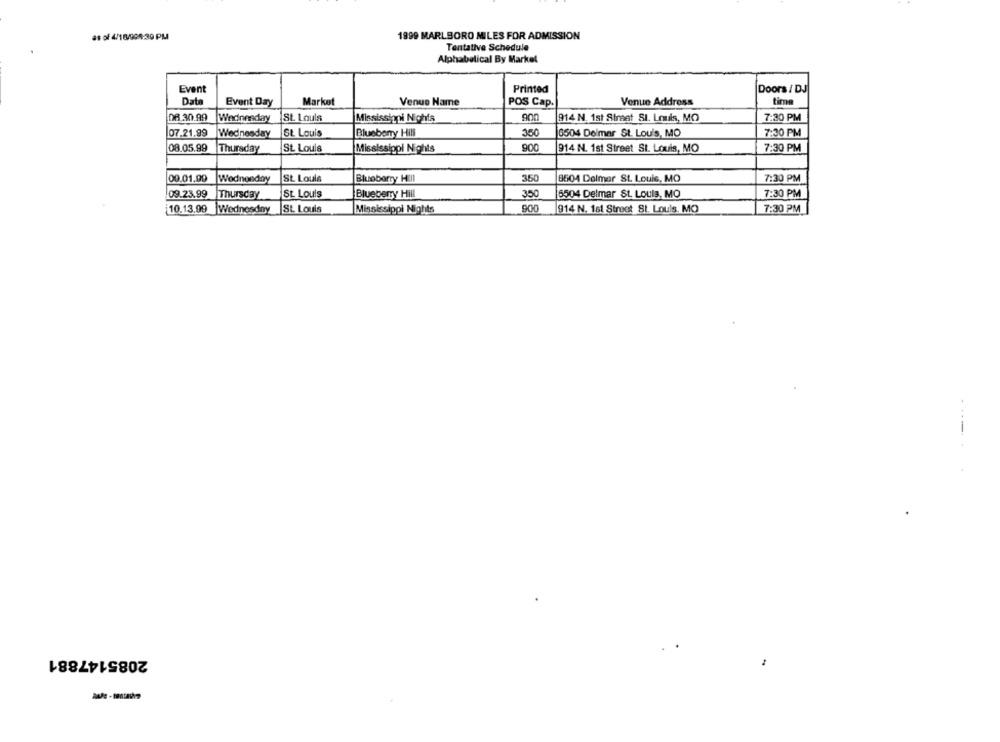
as of 4/18/904-39 PM
1999 MARLBORO MILES FOR ADMISSION
Tentative Schedule
Alphabetical By Markel
Event
Printed
Doors / DJ
Data
Event Day
Market
Venue Name
POS Cap.
Venue Address
08 30.99
Wednesday
St. Louis
Mississippi Nichts
914 N. 1st Straat St. Louis, MO
7:30 PM
07.21.99
Wednesday
St Louis
Blueberry Hill
350
6504 Delmar St. Louis, MO
7:30 PM
08.05.99
Thursday
St. Louis
Mississippi Nights
900
914 N. 1st Street St. Louis, MO
7:30 PM
00.01.00
Wodnonday
St. Louis
Blueberry Hill
350
8504 Delmar St. Louis, MO
7:30 PM
09.23.99
Thursday
St Louis
Blueberry Hill
350
6504 Delmar St. Louis, MO
7:30 PM
10.13.99
900
Wednesday
St. Louis
Mississippi Nights
914 N. 161 Stroot St. Louis, MO
7:30 PM
..
2085147881